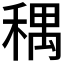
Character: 𫀽